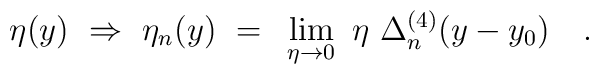
\eta (y) ~\Rightarrow~ \eta_n(y) ~=~ \lim_{\eta\to 0} ~\eta~\Delta_n^{(4)}(y-y_0) \quad .